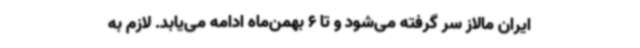
ایران مالاز سر گرفته می‌شود و تا 6 بهمن‌ماه ادامه می‌یابد. لازم به